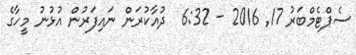
ސެޕްޓެމްބަރު 17